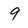
Character: 9